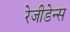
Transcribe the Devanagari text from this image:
रेजीडेन्स